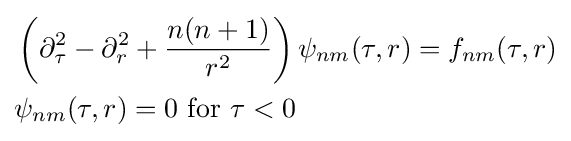
{\begin{aligned}&\left(\partial _{\tau }^{2}-\partial _{r}^{2}+{\frac {n(n+1)}{r^{2}}}\right)\psi _{nm}(\tau ,r)=f_{nm}(\tau ,r)\\&\psi _{nm}(\tau ,r)=0{\text{ for }}\tau <0\end{aligned}}